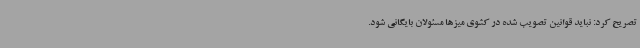
تصریح کرد: نباید قوانین تصویب شده در کشوی میزها مسئولان بایگانی شود.